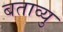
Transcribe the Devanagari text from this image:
बताव्यु